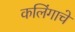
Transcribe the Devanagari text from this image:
कलिंगाचे